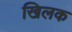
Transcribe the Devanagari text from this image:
खिलक